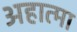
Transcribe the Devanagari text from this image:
अहात्मा